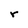
Character: r